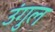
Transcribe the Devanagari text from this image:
उंगुल